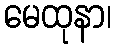
မေထုနာ၊